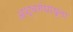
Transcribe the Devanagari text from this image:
अश्वगंधाघृता